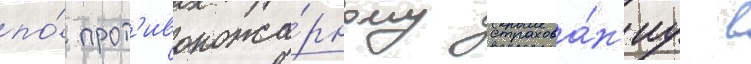
по́ прот'ивопожа́рному страхова́н'иу в